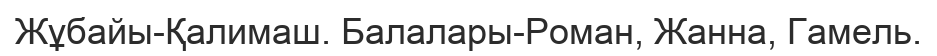
Жұбайы-Қалимаш. Балалары-Роман, Жанна, Гамель.